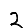
Digit: 2